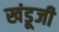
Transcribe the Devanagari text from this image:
खंडूजी